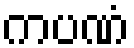
ကပဏံ